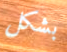
بشكل